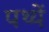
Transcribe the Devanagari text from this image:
पथ्यें